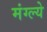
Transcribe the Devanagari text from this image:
मंग्ल्ये